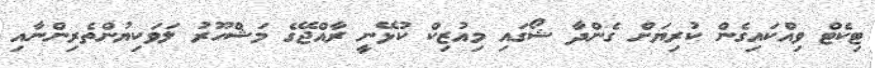
ޓިކެޓް ވިއްކައިގެން ކުރިޔަށް ގެންދާ ޝޯގައި މިއުޒިކް ކުޅޭނީ ރާއްޖޭގެ މަޝްހޫރު ލަވަކިޔުންތެރިންނާއި